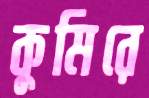
কুমিরে